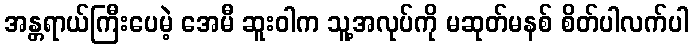
အန္တရာယ်ကြီးပေမဲ့ အေမီ ဆူးဝါက သူ့အလုပ်ကို မဆုတ်မနစ် စိတ်ပါလက်ပါ